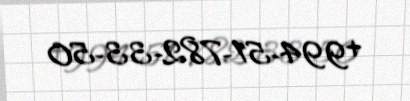
+994-51-782-33-50